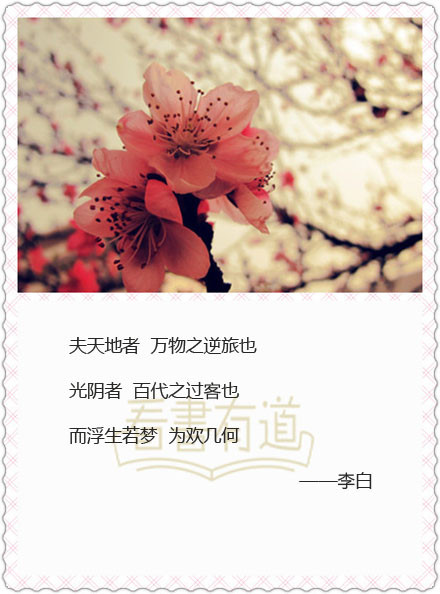
夫天地者，万物之逆旅也光阴者，百代之过客也。